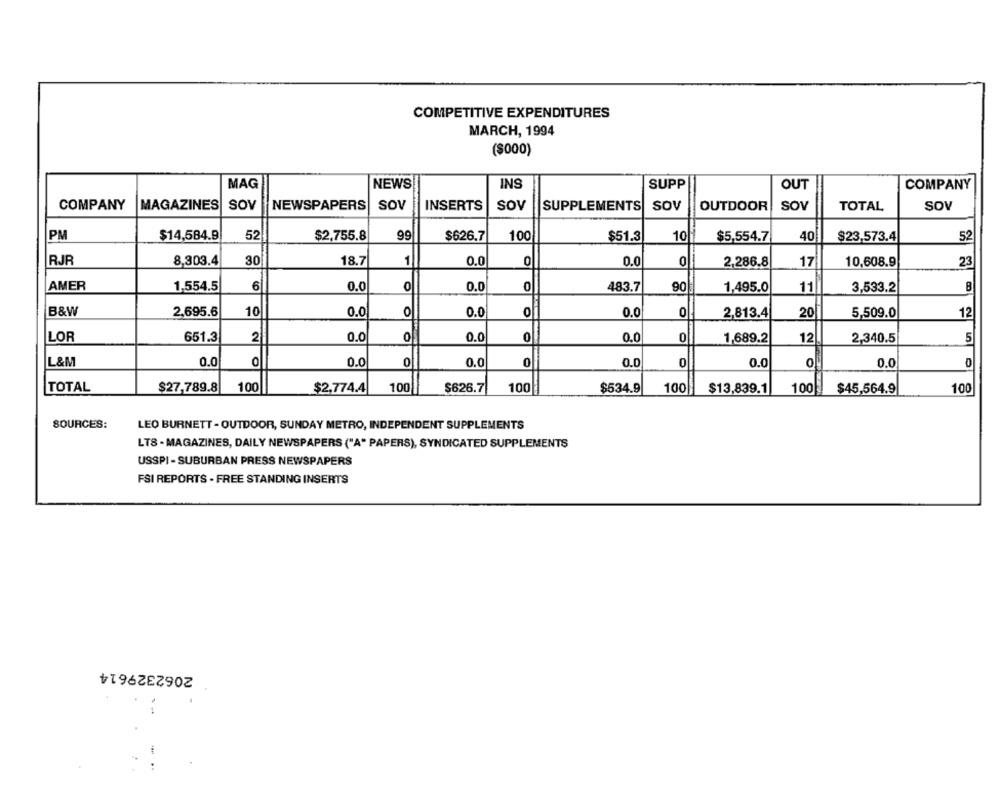
COMPETITIVE EXPENDITURES
MARCH, 1994
($000)
MAG
NEWS
INS
SUPP
OUT
COMPANY
COMPANY
MAGAZINES
SOV
NEWSPAPERS SOV
INSERTS
SOV
SUPPLEMENTS SOV
OUTDOOR
SOV
TOTAL
SOV
PM
$14,584.9
52
$2,755.8
99
$626.7
100
$51.3
10
$5,554.7
40
$23,573.4
52
RJR
8,303.4
30
18.7
1
0
0
17
10,608.9
0.0
0.0
2,286.8
23
AMER
0
B
1,554.5
0.0
0.0
0
483.7
90
1,495.0
11
3,533.2
B&W
2,695.6
10
0.0
0
0.0
0
0.0
0
2,813.4
20
5,509.0
12
LOR
651.3
2
0.0
0
0.0
0
0.0
0
1,689.2
12
2,340.5
5
L&M
0.0
0
0.0
0
0.0
0
0.0
0
0.0
0
0.0
TOTAL
$27,789.8
100
$2,774.4
100|
$626.7
100
$534.9
100
-
$13,839.1
100
$45,564.9
100
SOURCES:
LEO BURNETT - OUTDOOR, SUNDAY METRO, INDEPENDENT SUPPLEMENTS
LT8 - MAGAZINES, DAILY NEWSPAPERS ("A" PAPERS), SYNDICATED SUPPLEMENTS
USSPI - SUBURBAN PRESS NEWSPAPERS
FSI REPORTS - FREE STANDING INSERTS
2062329614